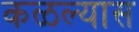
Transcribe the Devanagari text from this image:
कळल्यास